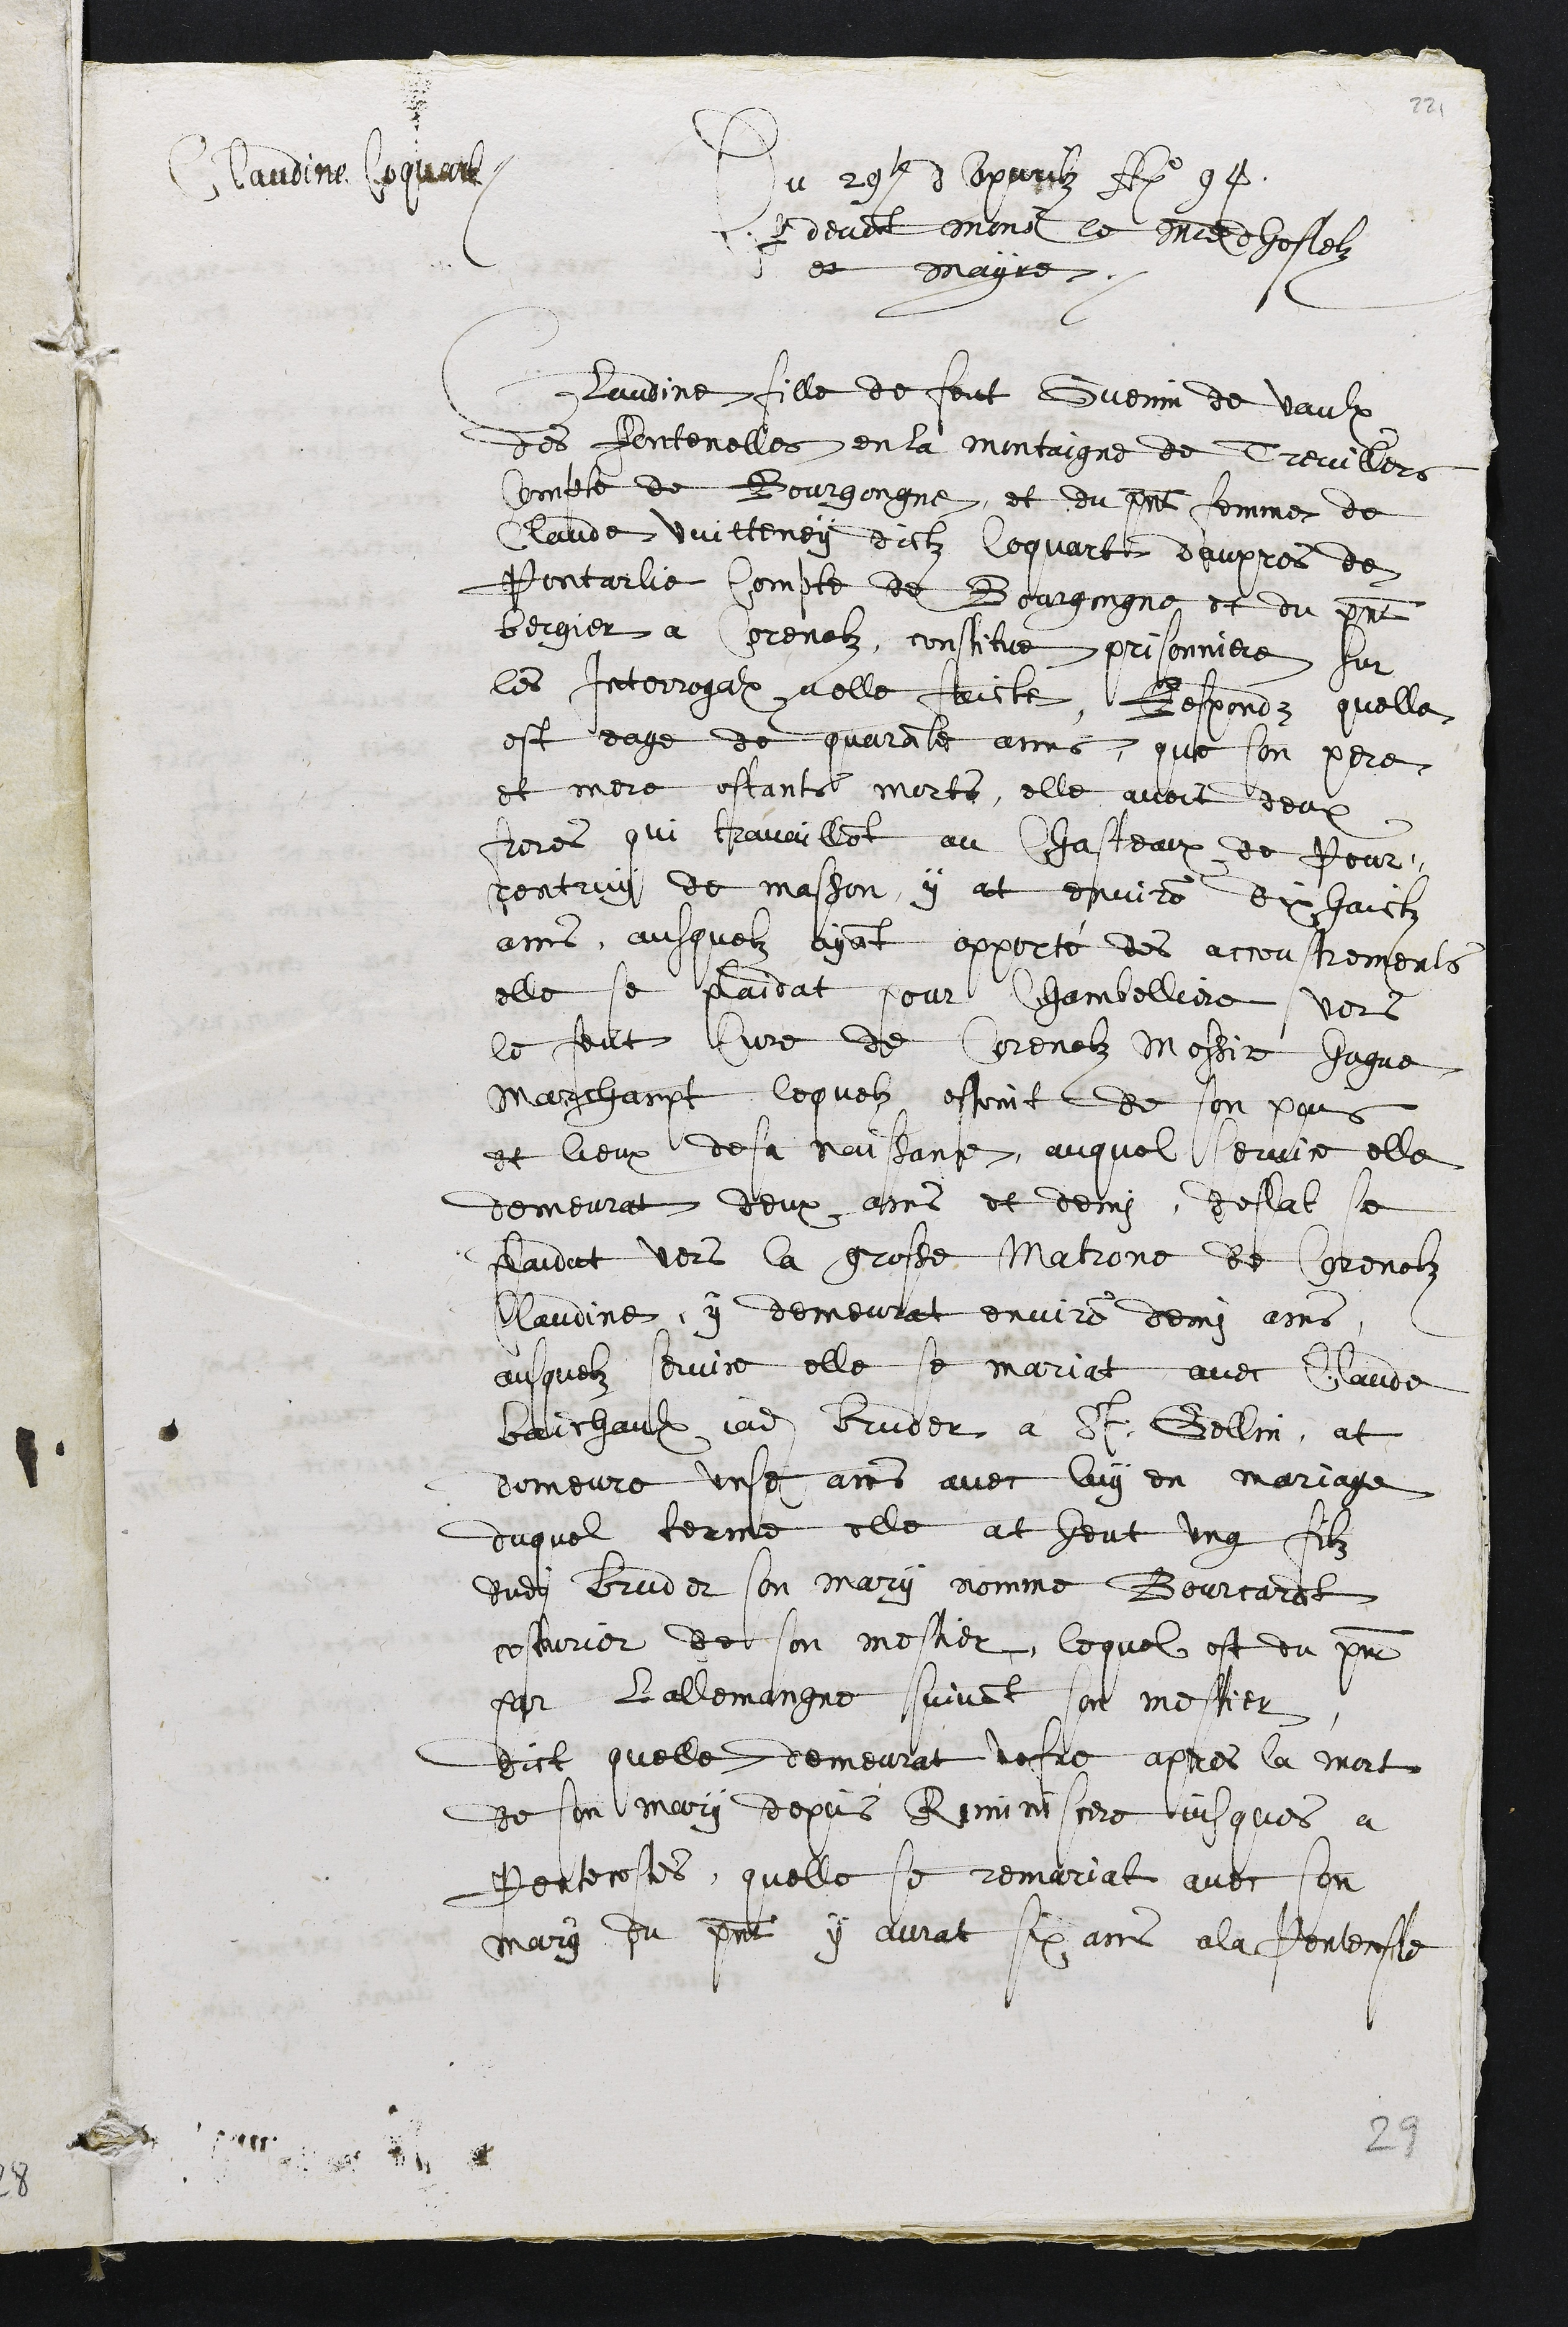
Claudine Coquart
Du 29e d Apvrilz Ao 94
par devant Monsr le maitre dhostelz
et mayre.
Claudine fille de feut Guenin de vaulx
des fontenelles en la montaigne de Trevillers
Compte de Bourgongne, et du present femme de
Claude Vuitteney dictz Coquart daupres de
Pontarlie compte de Bourgongne et du present
bergier a Corenolz, constitue prisonniere sur
les Interrogalx a elle faicte, Respondz quelle
est eage de quarante anes, que son pere
et mere estants morts, elle avoit deux
freres qui travaillent au Chasteaux de Pour¬
rentruy de masson, y at environ dix huictz
ans, ausquelz ayant apporté des accoustrements
elle se plaidat pour Chambelliere vers
le feut Cure de Corenolz messire Hugue
Marchampt, lequelz estoint de son pais
et lieux des naissance, auquel service elle
demeurat deux ans et demi, deslat se
plaidat vers la grosse Matrone de Corenolz
Claudine, y demeurat environ demi ans
ausquelz service elle se mariat avec Claude
baichaulx jadis bruder a St Gellin, at
demeure unse ans avec luy en mariage
duquel terme elle at heut ung filz
dudit Bruder son mary nomme Bourcardt
costurier de son mestier, lequel est du present
par lallemangne suivant son mestier
dict quelle demeurat vefve apres la mort
de son mary depuis Reminiscere jusques a
Pentecostes, quelle se remariat avec son
mary du present y aurat six ans a la Pentecoste
29